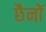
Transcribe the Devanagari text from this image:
छैनों